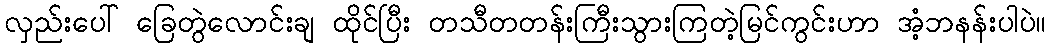
လှည်းပေါ် ခြေတွဲလောင်းချ ထိုင်ပြီး တသီတတန်းကြီးသွားကြတဲ့မြင်ကွင်းဟာ အံ့ဘနန်းပါပဲ။